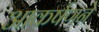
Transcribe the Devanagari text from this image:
आकर्षणने